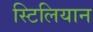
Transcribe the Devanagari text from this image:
स्टिलियान